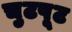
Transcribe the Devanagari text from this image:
चुटपूट